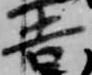
吉